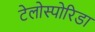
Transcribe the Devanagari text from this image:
टेलोस्पोरिडा